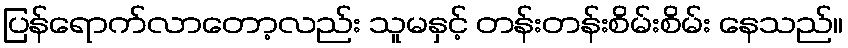
ပြန်ရောက်လာတော့လည်း သူမနှင့် တန်းတန်းစိမ်းစိမ်း နေသည်။